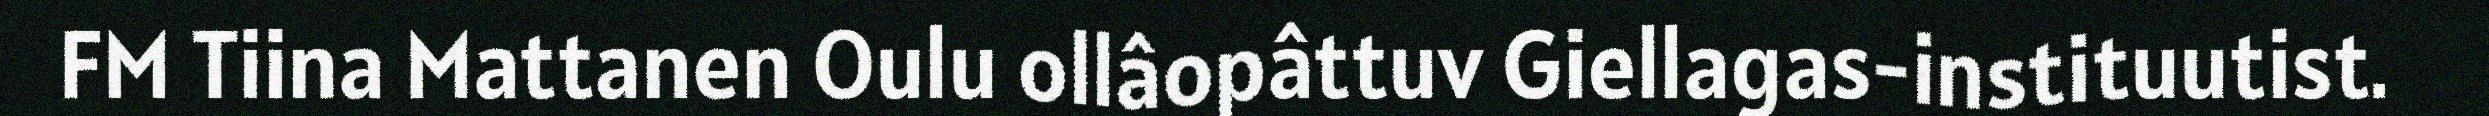
FM Tiina Mattanen Oulu ollâopâttuv Giellagas-instituutist.